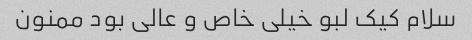
سلام کیک لبو خیلی خاص و عالی بود ممنون